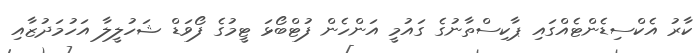
ކާރު އެކްސިޑެންޓެއްގައި ޕާކިސްތާނުގެ ގައުމީ އަންހެން ފުޓްބޯޅަ ޓީމުގެ ފޯވަޑް ޝަހުލީލާ އަހުމަދުޒާއި